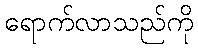
ရောက်လာသည်ကို